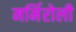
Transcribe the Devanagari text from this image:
मर्मिरोली